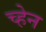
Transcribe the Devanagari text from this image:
च्हेन